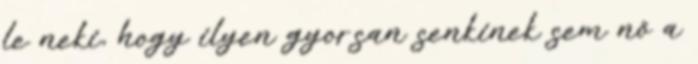
le neki, hogy ilyen gyorsan senkinek sem nő a